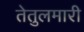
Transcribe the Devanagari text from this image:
तेतुलमारी